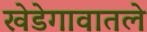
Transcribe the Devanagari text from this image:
खेडेगावातले